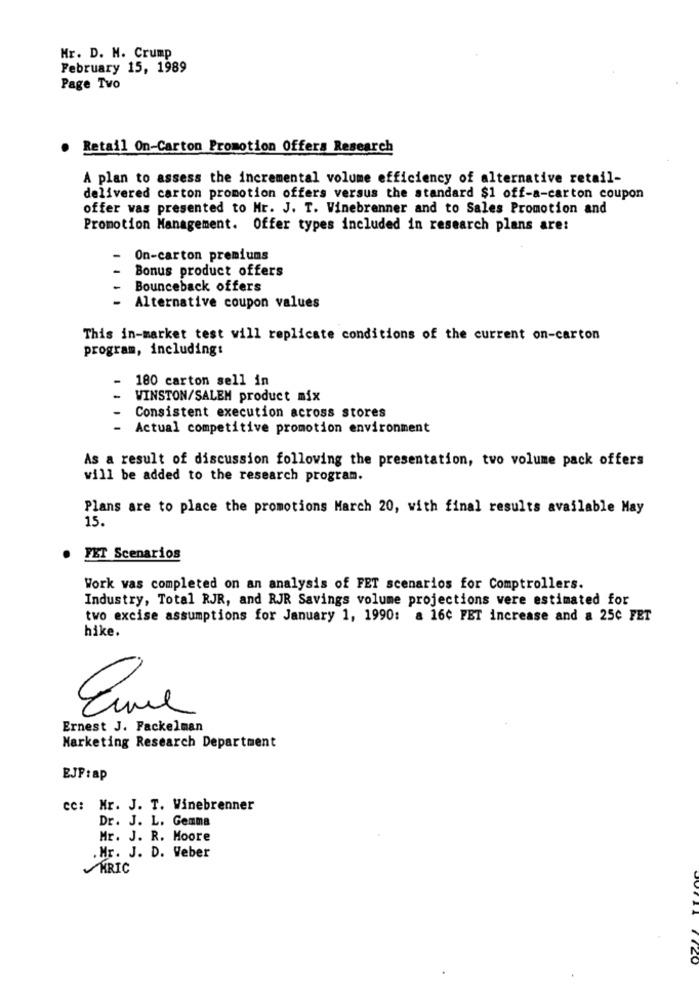
Mr. D. H. Crump
February 15, 1989
Page Tvo
. Retail On-Carton Promotion Offers Research
A plan to assess the incremental volume efficiency of alternative retail-
delivered carton promotion offers versus the standard $1 off-a-carton coupon
offer was presented to Mr. J. T. Winebrenner and to Sales Promotion and
Promotion Management. Offer types included in research plans are:
On-carton premiums
Bonus product offers
Bounceback offers
Alternative coupon values
This in-market test will replicate conditions of the current on-carton
program, including:
180 carton sell in
WINSTON/SALEM product mix
Consistent execution across stores
Actual competitive promotion environment
As a result of discussion following the presentation, tvo volume pack offers
will be added to the research program.
Plans are to place the promotions March 20, with final results available May
15.
FET Scenarios
Work was completed on an analysis of FET scenarios for Comptrollers.
Industry, Total RJR, and RJR Savings volume projections vere estimated for
two excise assumptions for January 1, 1990: a 16¢ FET increase and a 25¢ FET
hike.
Eure
Ernest J. Fackelman
Marketing Research Department
EJF:ap
cc: Mr. J. T. Winebrenner
Dr. J. L. Gemma
Mr. J. R. Moore
.Mr. J. D. Weber
KRIC